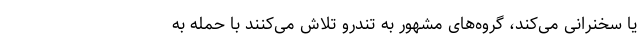
یا سخنرانی می‌کند، گروه‌های مشهور به تندرو تلاش می‌کنند با حمله به